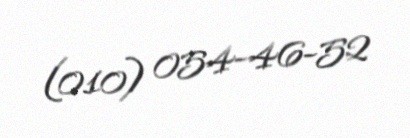
(010) 054-46-52